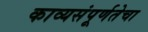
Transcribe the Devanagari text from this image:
काव्यसंपूर्णतेचा